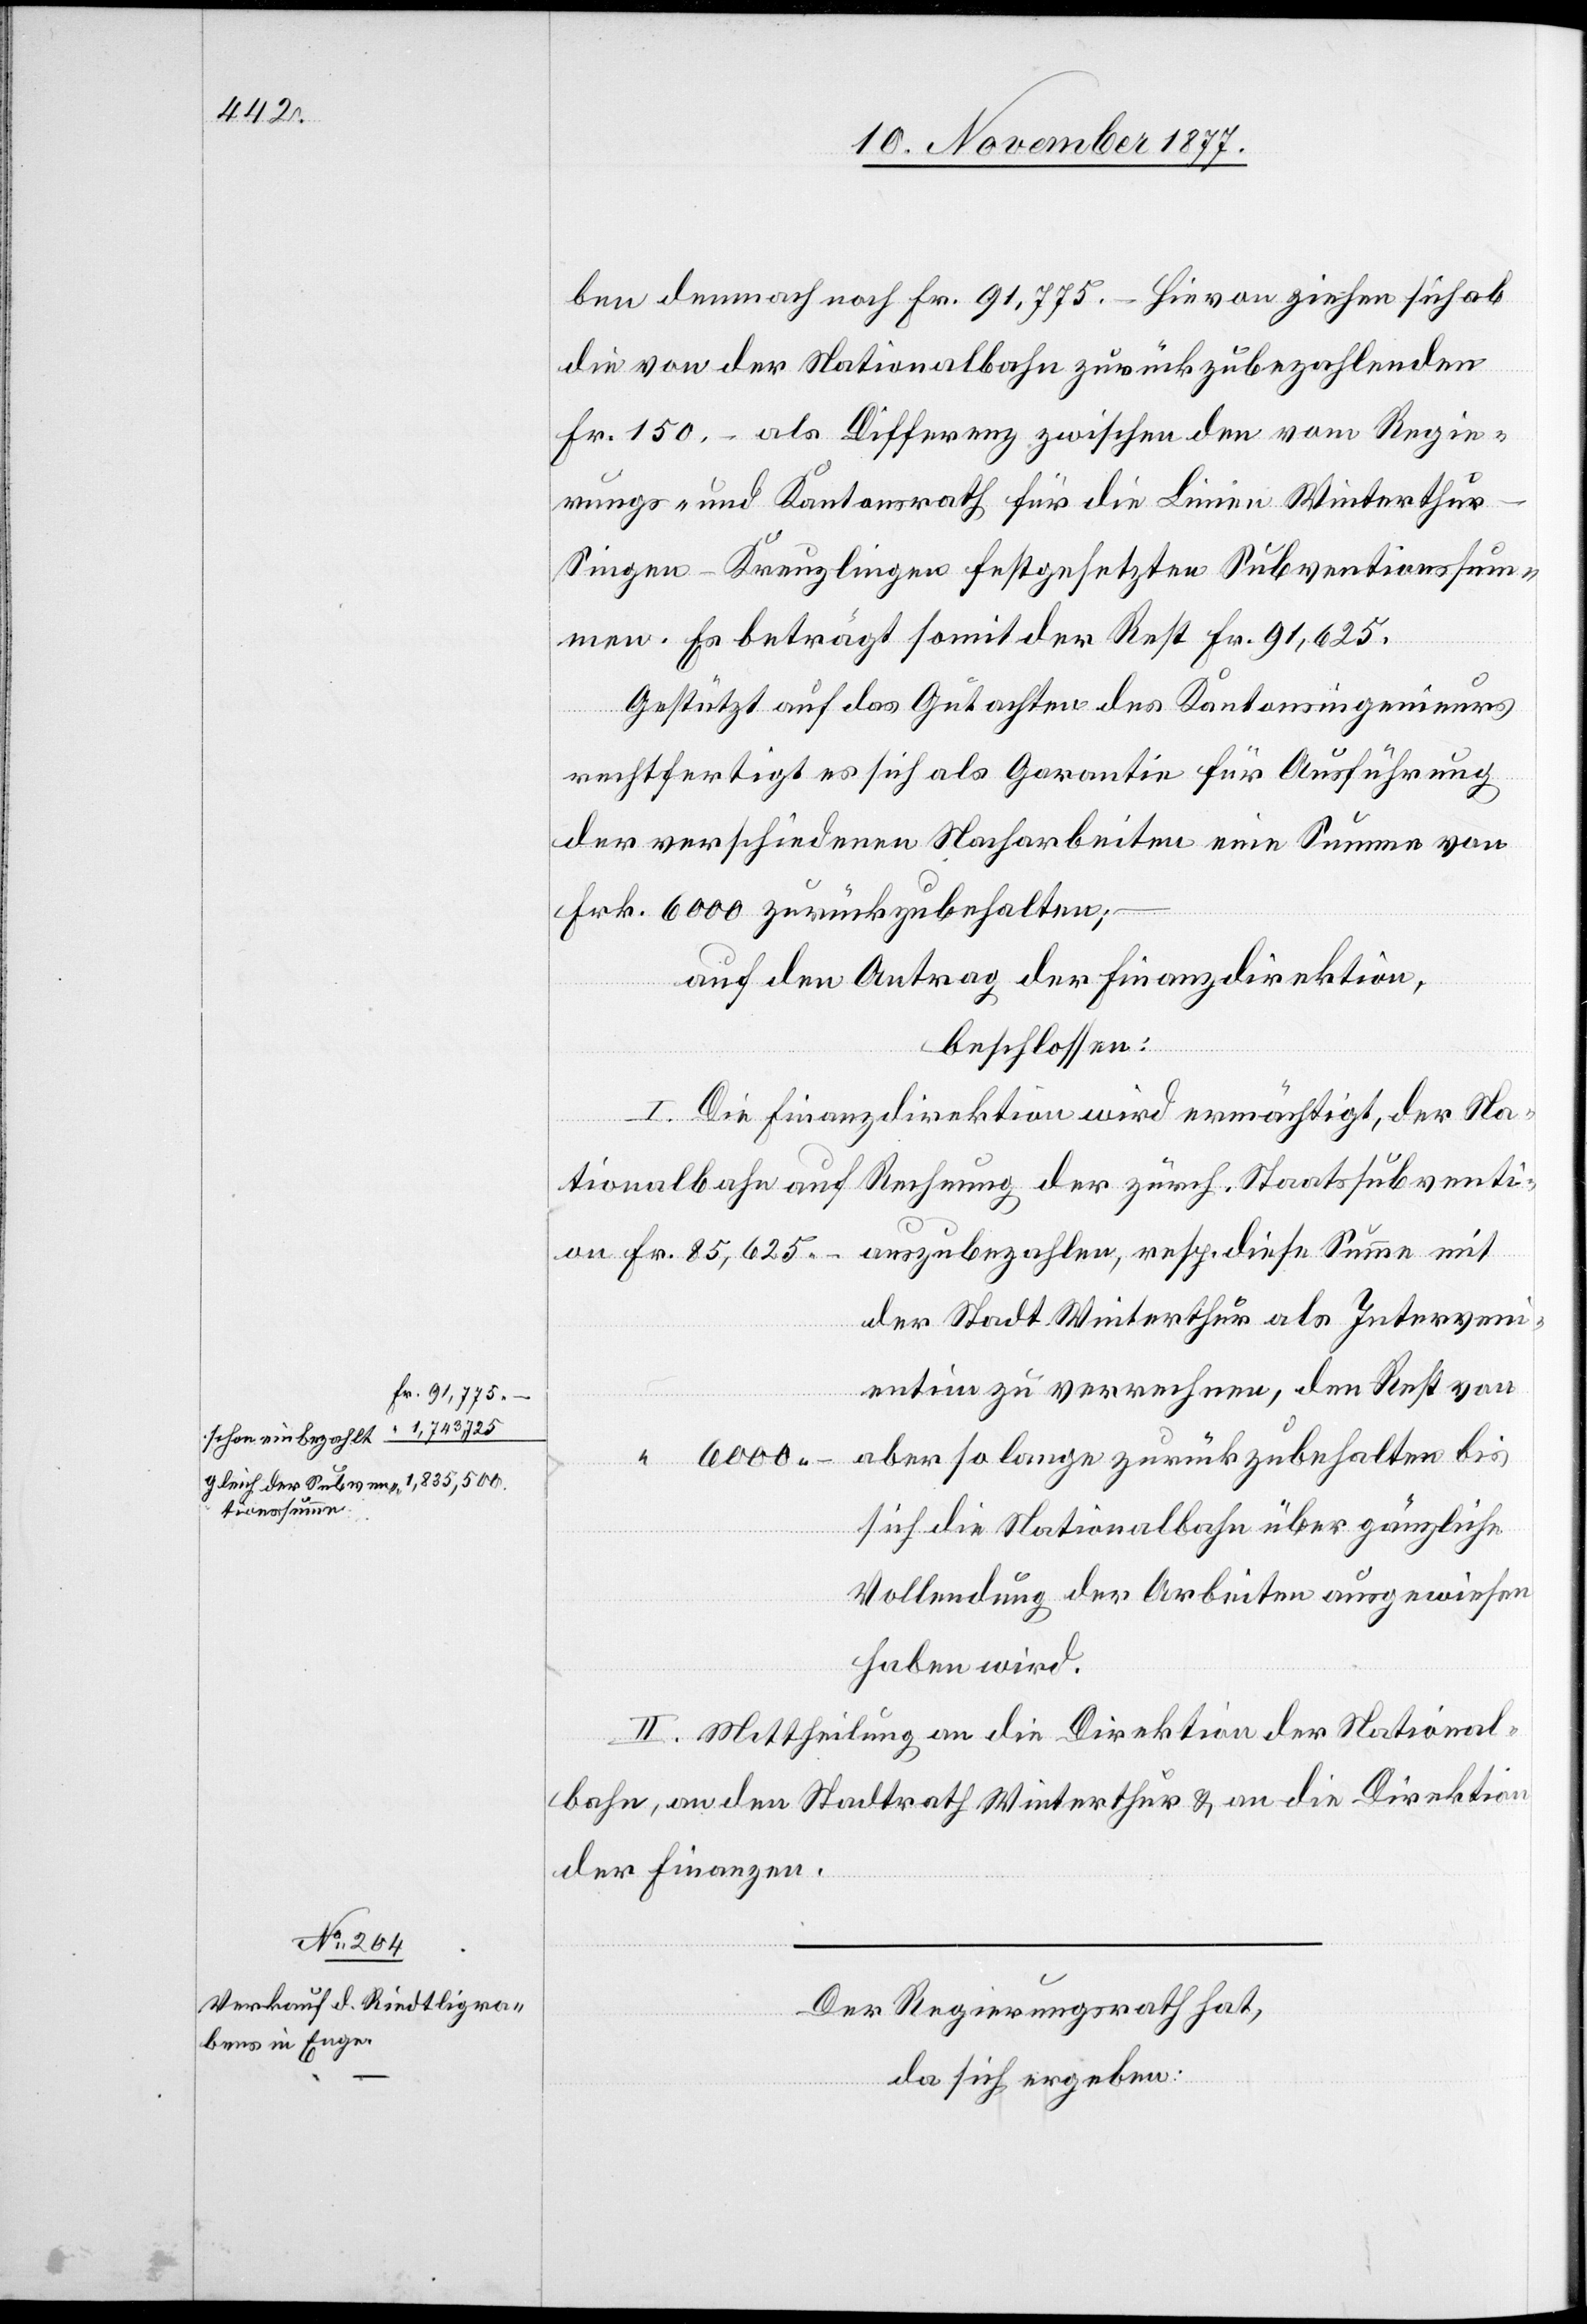
a-Fr. 91,775 –
schon einbezahlt
tionssumme

ben demnach noch Fr. 91,775. – Hievon ziehen sich ab
die von der Nationalbahn zurückzubezahlenden
Fr. 150. – als Differenz zwischen den vom Regie¬
mit
rungs- und Kantonsrath für die Linien Winterthu¬
r–Singen–Kreuzlingen festgesetzten Subventionssum¬
men. Es beträgt somit der Rest Fr. 91,625.
Gestützt auf das Gutachten des Kantonsingenieurs
rechtfertigt es sich als Garantie für Ausführung
der verschiedenen Nacharbeiten eine Summe von
Frk. 6000 zurückzubehalten;
auf den Antrag der Finanzdirektion,
beschlossen:
“
I. Die Finanzdirektion wird ermächtigt, der Na¬
Subven¬
der Stadt Winterthur als Interven¬
entin] zu verrechnen, den Rest von
aber so lange zurückzubehalten bis
“ 6000 –
sich die Nationalbahn über gänzliche
Vollendung der Arbeiten ausgewiesen
haben wird.
II. Mittheilung an die Direktion der National¬
bahn, an den Stadtrath Winterthur & an die Direktion
der Finanzen.
Der Regierungsrath hat,
da sich ergeben: